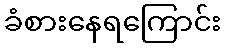
ခံစားနေရကြောင်း